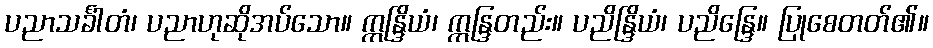
ပညာသင်္ခါတံ၊ ပညာဟုဆိုအပ်သော။ ဣန္ဒြိယံ၊ ဣန္ဒြတည်း။ ပညိန္ဒြိယံ၊ ပညိန္ဒြေ။ ပြုစေတတ်၏။